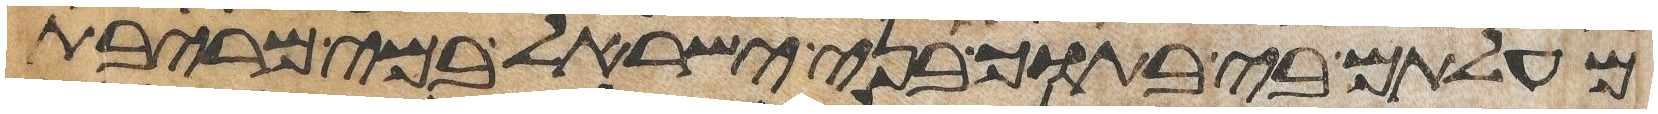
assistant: מעלתם בי בתוך בני ישראל במי מריבת